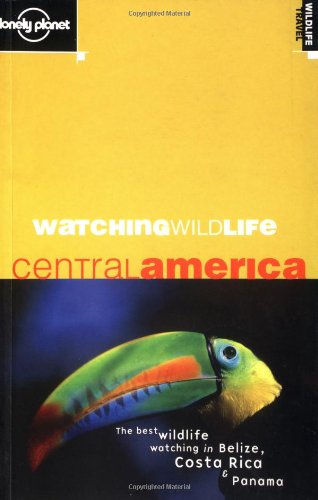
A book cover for Watching Wildlife: Central America (Lonely Planet); Luke Hunter; Travel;